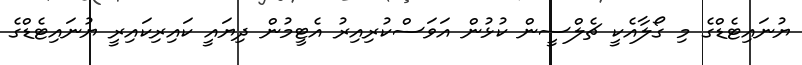
ޔުނައިޓެޑްގެ މި ގޯލާއެކީ ޗެލްސީން ކުޅުން އަވަސްކުރިއިރު އެޓީމުން ދިޔައީ ކައިރިކައިރީ ޔުނައިޓެޑްގެ